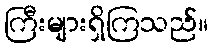
ကြီးများရှိကြသည်။